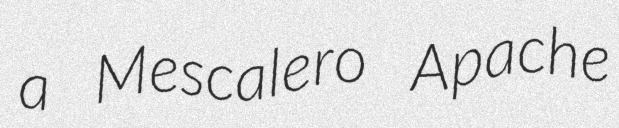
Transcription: a Mescalero Apache